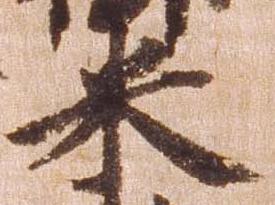
米